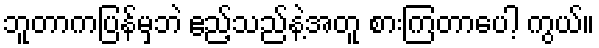
ဘူတာကပြန်မှဘဲ ဧည့်သည်နဲ့အတူ စားကြတာပေါ့ ကွယ်။